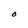
Character: O